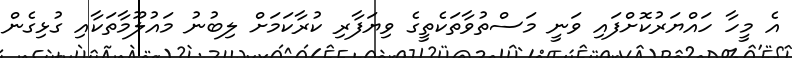
އެ މީހާ ހައްޔަރުކޮށްފައި ވަނީ މަސްތުވާތަކެތީގެ ވިޔަފާރި ކުރާކަމަށް ލިބުނު މައުލޫމާތަކާއި ގުޅިގެން